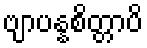
ဗျာပန္နစိတ္တာပိ